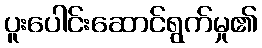
ပူးပေါင်းဆောင်ရွက်မှု၏